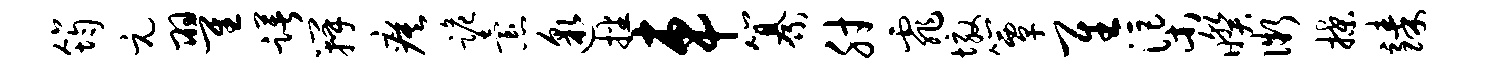
筠元翟躇瓣瘼跪怠邈播车纂肘霏墩簟隹渠暌微揲臻